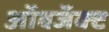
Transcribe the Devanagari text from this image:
ऑबजॅक्ट